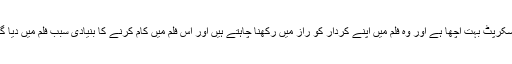
انہوں نے کہا کہ فلم کا سکرپٹ بہت اچھا ہے اور وہ فلم میں اپنے کردار کو راز میں رکھنا چاہتے ہیں اور اس فلم میں کام کرنے کا بنیادی سبب فلم میں دیا گیا خوبصورت پیغام ہے۔